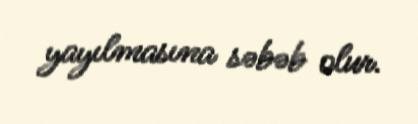
yayılmasına səbəb olur.